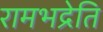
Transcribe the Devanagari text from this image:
रामभद्रेति